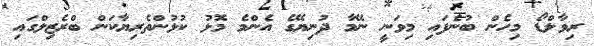
ރިވާލްޑޯ މިހެން ބުނެފައި މިވަނީ ނޭމާ ދުނިޔޭގެ އެންމެ މޮޅު ކުޅުންތެރިޔާކަން ބްރެޒިލްގައި